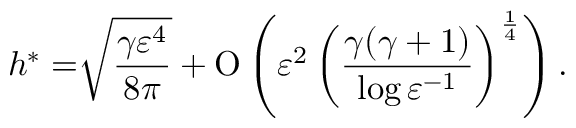
h ^ { \ast } = \sqrt [ ] { \frac { \gamma \varepsilon ^ { 4 } } { 8 \pi } } + \ensuremath { \operatorname { O } \left( \varepsilon ^ { 2 } \left( \frac { \gamma ( \gamma + 1 ) } { \log { { \varepsilon } ^ { - 1 } } } \right) ^ { \frac { 1 } { 4 } } \right) } .